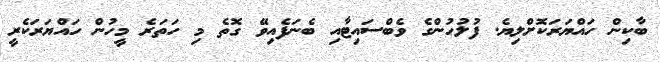
ބާކިން ހައްޔަރަކޮށްލިޔެ. ފުލުހުންގެ ވެބްސައިޓާއި ބެނަފެއިވޭ ގޮތެ މި ހަތަރެ މީހުން ހައްޔަރަކެރީ